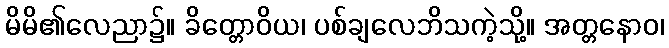
မိမိ၏လေညာ၌။ ခိတ္တောဝိယ၊ ပစ်ချလေဘိသကဲ့သို့။ အတ္တနောဝ၊